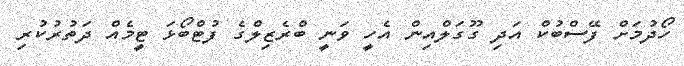
ހޯދުމަށް ފޭސްބުކް އަދި ގޫގަލްއިން އެހީ ވަނީ ބްރެޒިލްގެ ފުޓްބޯޅަ ޓީމެއް ދަތުރުކުރި